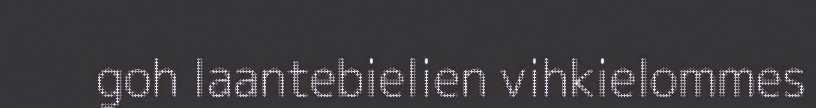
goh laantebielien vihkielommes